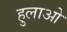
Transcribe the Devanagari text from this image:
हुलाओ